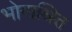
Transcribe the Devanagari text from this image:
भोगाश्रित